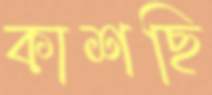
কাশছি